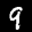
Label: 9